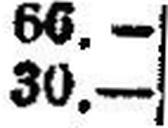
30.—